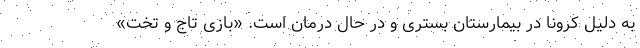
به دلیل کرونا در بیمارستان بستری و در حال درمان است. «بازی تاج و تخت»